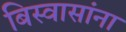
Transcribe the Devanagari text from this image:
बिस्वासांना